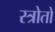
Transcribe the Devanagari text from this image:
स्त्रोतो